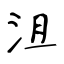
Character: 沮